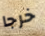
خرجا